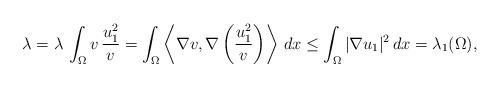
LaTeX: \begin{align*}\lambda=\lambda\,\int_\Omega v\, \frac{u_1^2}{v}=\int_\Omega \left\langle \nabla v,\nabla\left(\frac{u_1^2}{v}\right)\right\rangle\, dx\le \int_\Omega |\nabla u_1|^2\, dx=\lambda_1(\Omega),\end{align*}